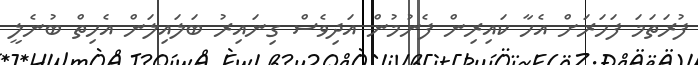
ފުރަތަމަ ފަހަރަށް އެހާ ކައިރިން ފެނުމުން އަދިވެސް ގިނައިރު ބަލައިލަން އެހިތް ބުނެލީ